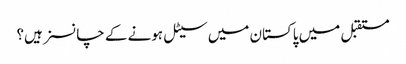
مستقبل میں پاکستان میں سیٹل ہونے کے چانسز ہیں؟